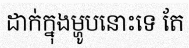
ដាក់ក្នុងម្ហូបនោះទេ តែ